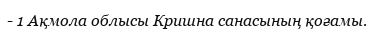
- 1 Ақмола облысы Кришна санасының қоғамы.